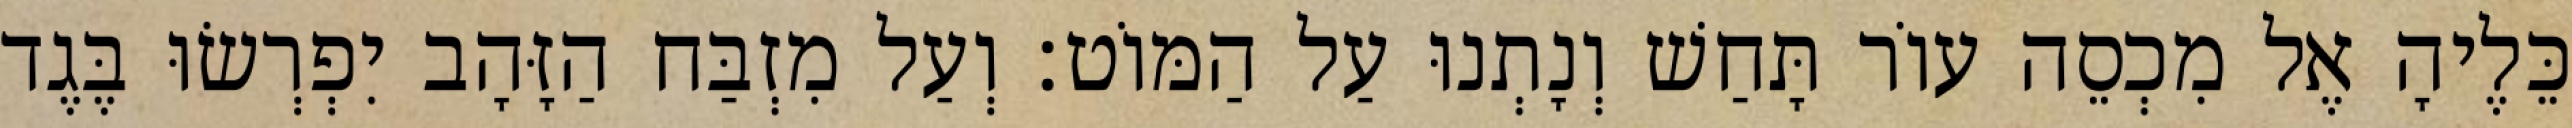
כֵּלֶיהָ אֶל מִכְסֵה עוֹר תָּחַשׁ וְנָתְנוּ עַל הַמּוֹט׃ וְעַל מִזְבַּח הַזָּהָב יִפְרְשׂוּ בֶּגֶד